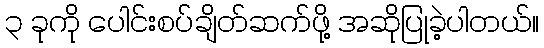
၃ ခုကို ပေါင်းစပ်ချိတ်ဆက်ဖို့ အဆိုပြုခဲ့ပါတယ်။